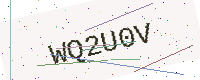
Text: WQ2U0V